Theory and practice of anti-rabic immunisation - Number 30
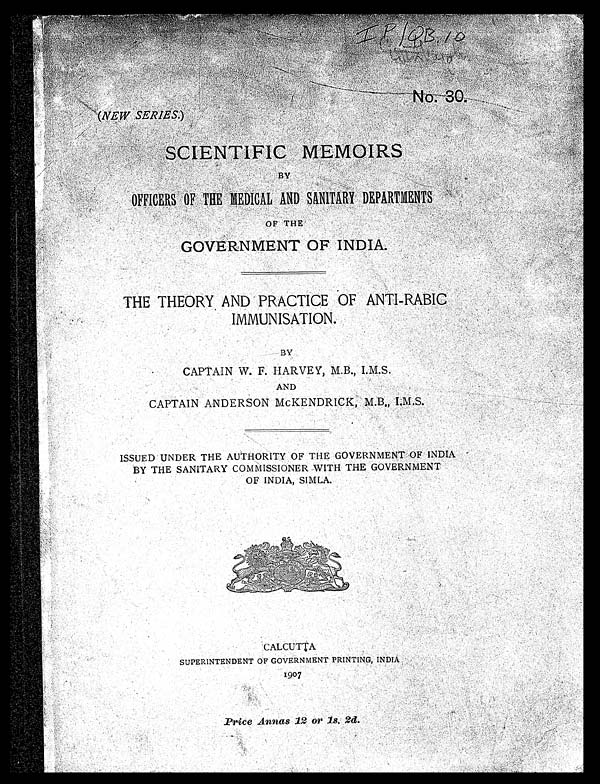
No . 3 0 .
(NEW SERIES)
SCIENTIFIC MEMOIRS
B
Y
OFFICERS OF THE MEDICAL AND SANITARY DEPARTMENTS
OF THE
GOVERMENT OF INDIA
.
T HE THEORY AND PRACTICE OF ANTI-RABIC
IMMUNISATION.
BY
C A P T A I N W . F . H A R V E Y , M . B . , I . M . S .
AND
CAPTAIN ANDERSON MCKENDRICK, M.B., I.M.S.
ISSUED UNDER THE AUTHORITY OF THE GOVERNMENT OF INDA
BY THE SANITARY COMMISSIONER WITH THE GOVERNMENT
OF INDIA, SIMLA.
CALCUTTA
SUPERINTENDENT OF GOVERNMENT PRINTING, INDIA
1907.
Price Annas 12 or 1s. 2d.